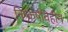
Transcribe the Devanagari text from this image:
निष्कर्षविहीन